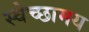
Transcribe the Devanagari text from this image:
स्वेच्छामय